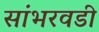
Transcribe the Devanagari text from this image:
सांभरवडी